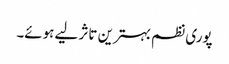
پوری نظم بہترین تاثر لیے ہوئے۔